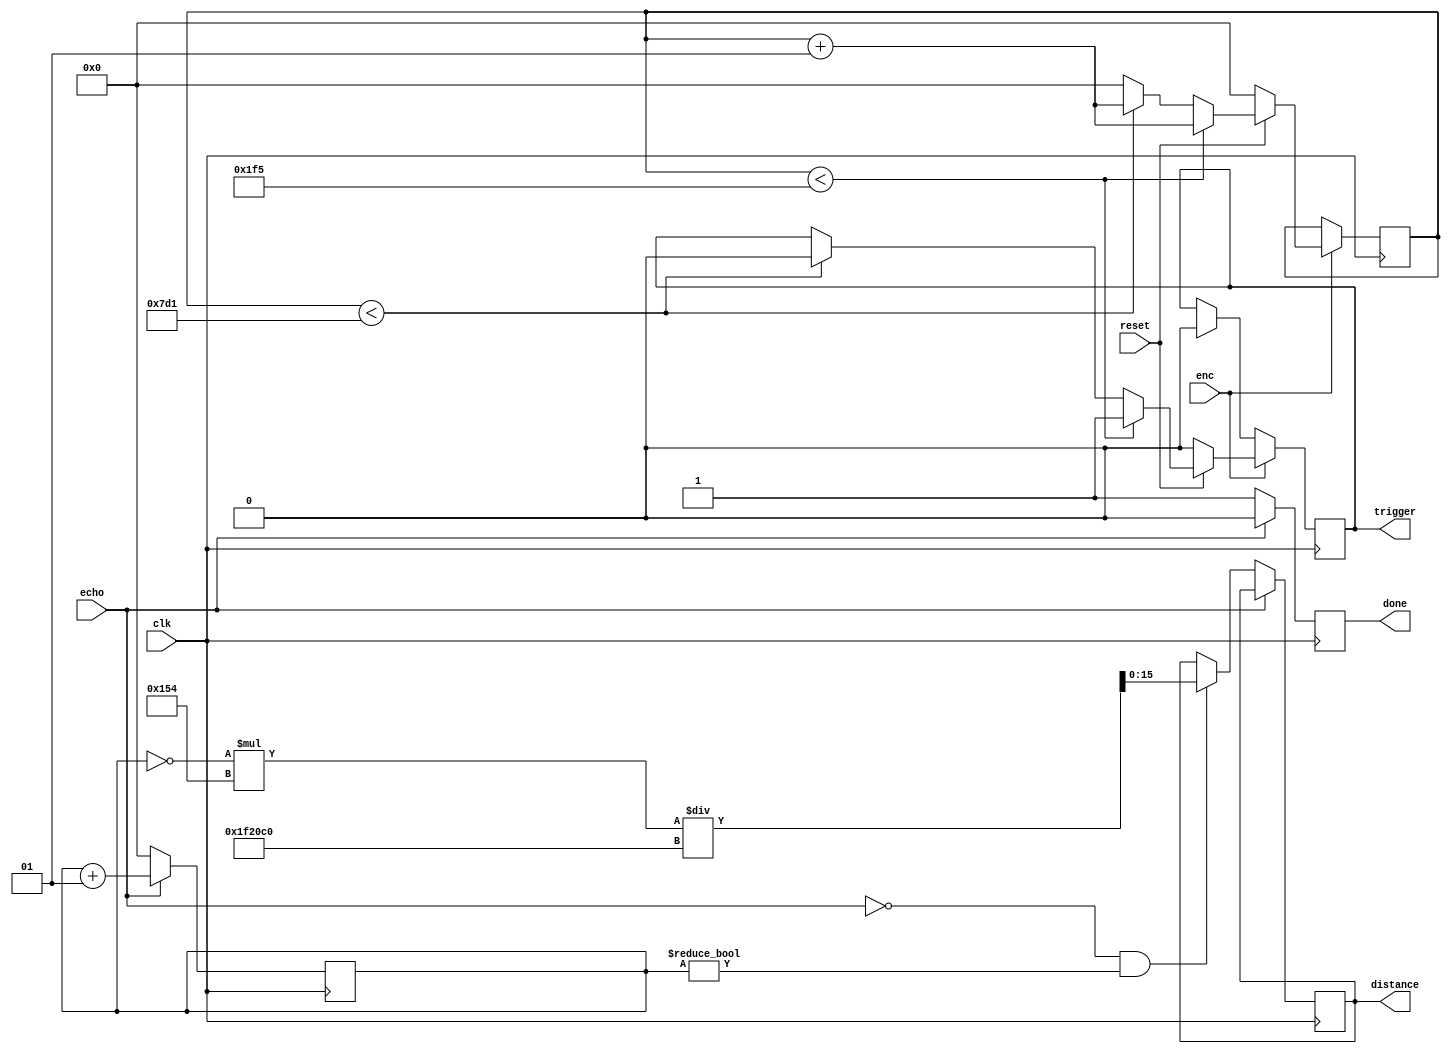
`timescale 10ns / 1ns

module ultrasonido1(input reset, input clk, input echo, output reg done, output reg trigger, output reg [15:0] distance,input enc );
	//Perodo de la FPGA T=10nS (Cdigo Alterno)  
	//Declaracin de parmetros
	//Estos parmetros se encuentran  en nano segundos por el periodo de la FPGA 
	parameter divH = 500; 
	parameter divL = 2000;
	reg a;
	
	//Contadores
	integer countF;
	integer countEcho;
	
	initial countF = 0;
	
	//Trigger
	always @(posedge clk) begin
	
//	if (enc) begin
//     
//     a=1;
//    end
//    if (enc) begin
//     a=0;
//    end
	
	if(enc)
	begin
		if (~reset) 
		begin 
			countF <= 0;
			trigger <= 0;
		end 
		else 
		begin
			countF <= countF +1; //en caso de no funcionar probar con begin end en cada if
			if (countF < divH+1)
				trigger <= 1;
			else
			if (countF < divL+1)
				trigger <= 0;
			else 
				countF <= 0;
		
	     end
	end
	else
	if(a)
	begin
	
	trigger <= 0;
	end
	end
	
	//echo
	always @(posedge clk) begin
		if (echo == 1) begin
			countEcho <= countEcho +1;
			done <= 0;
		end
		else
		begin
			if (echo == 0 & countEcho != 0)	
				distance <= (~countEcho*340)/2040000;//para pasar a centimetros 
				//distance <= countEcho/58000;
				countEcho <=0;
				done <= 1; 	
		end
		
	end
	
//servo motor 	


	
	
	
	
	
	
	
	
endmodule